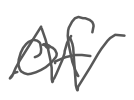
Text: of
Cross-out: zig-zag
Writing tool: digital_gray